Medical and sanitary report on the native army of Bombay for the year
Year: 1879
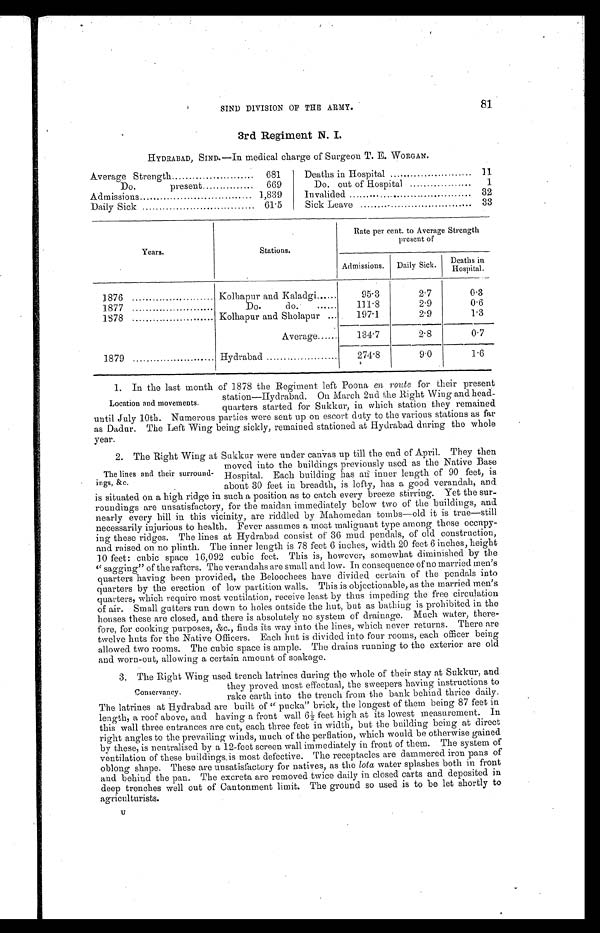
81
SIND DIVISION OF THE ARMY.
3rd Regiment N. I.
HYDRABAD, SIND.—In medical charge of Surgeon T. E. WORGAN.
Average Strength . . .
681
Deaths in Hospital . . .
11
Do. present . . .
669
Do. out of Hospital . . .
1
Admissions . . .
1,839
Invalided . . .
32
Daily Sick . . .
61.5
Sick Leave . . .
33
Years.
Stations.
Rate per cent. to Average Strength
present of
Admissions.
Daily Sick.
Deaths in
Hospital.
1876 . . .
Kolhapur and Kaladgi . . .
95.3
2.7
0.3
1877 . . .
Do. do. . . .
111.8
2.9
0.6
1878 . . .
Kolhapur and Sholapur . . .
197.1
2.9
1.3
Average . . .
134.7
2.8
0.7
1879 . . .
Hydrabad . . .
274.8
9.0
1.6
Location and Movements. 1. In the last month of 1.878 the Regiment left Poona en route for their present
station—Hydrabad. On March 2nd the Right Wing and head
-
quarters started for Sukkur, in which station they remained
until July 10th. Numerous parties were sent up on escort duty to the various stations as far
as Dadur. The Left Wing being sickly, remained stationed at Hydrabad during the whole
year.
2. The Right Wing at Sukkur were under canvas up till the end of April. They then
moved into the buildings previously used as the Native Base
Hospital. Each building has an inner length of 90 feet, is
about 30 feet in breadth, is lofty, has a good verandah, and
is situated on a high ridge in such a position as to catch every breeze stirring. Yet the sur
- r o u n d i n g s a r e u n s a t i s f a c t o r y , f o r t h e m a i d a n i m m e d i a t e l y b e l o w t w o o f t h e b u i l d i n g s , a n d
nearly every hill in this vicinity, are riddled by Mahomedan tombs—old it is true—still
necessarily injurious to health. Fever assumes a most malignant type among those occupy
- i n g t h e s e r i d g e s . T h e l i n e s a t H y d r a b a d c o n s i s t o f 3 6 m u d p e n d a l s , o f o l d c o n s t r u c t i o n ,
and raised on no plinth. The inner length is 78 feet 6 inches, width 20 feet 6 inches, height
10 feet: cubic space 16,092 cubic feet. This is, however, somewhat diminished by the
"sagging" of the rafters. The verandahs are small and low. In consequence of no married men's
quarters having been provided, the Beloocliees have divided certain of the pendals into
quarters by the erection of low partition walls. This is objectionable, as the married men's
quarters, which require most ventilation, receive least by thus impeding the free circulation
of air. Small gutters run down to holes outside the hut, but as bathing is prohibited in the
houses these are closed, and there is absolutely no system of drainage. Much water, there
- f o r e , f o r c o o k i n g p u r p o s e s , & c . , f i n d s i t s w a y i n t o t h e l i n e s , w h i c h n e v e r r e t u r n s . T h e r e a r e
twelve huts for the Native Officers. Each hut is divided into four rooms, each officer being
allowed two rooms. The cubic space is ample. The drains running to the exterior are old
and worn-out, allowing a certain amount of soakage.
3. The Right Wing used trench latrines during the whole of their stay at Sukkur, and
they proved most effectual, the sweepers having instructions to
rake earth into the trench from the bank behind thrice daily.
The latrines at Hydrabad are built of "pucka" brick, the longest of them being 87 feet in
length, a roof above, and having a front wall 6½ feet high at its lowest measurement. In
this wall three entrances are cut, each three feet in width, but the building being at direct
right angles to the prevailing winds, much of the perflation, which would be otherwise gained
by these, is neutralised by a 12-feet screen wall immediately in front of them. The system of
ventilation of these buildings is most defective. The receptacles are dammered iron pans of
oblong shape. These are unsatisfactory for natives, as the lota water splashes both in front
and behind the pan. The excreta are removed twice daily in closed carts and deposited in
deep trenches well out of Cantonment limit. The ground so used is to be let shortly to
agriculturists.
The lines and their surround
-ings, &c.
Conservancy.